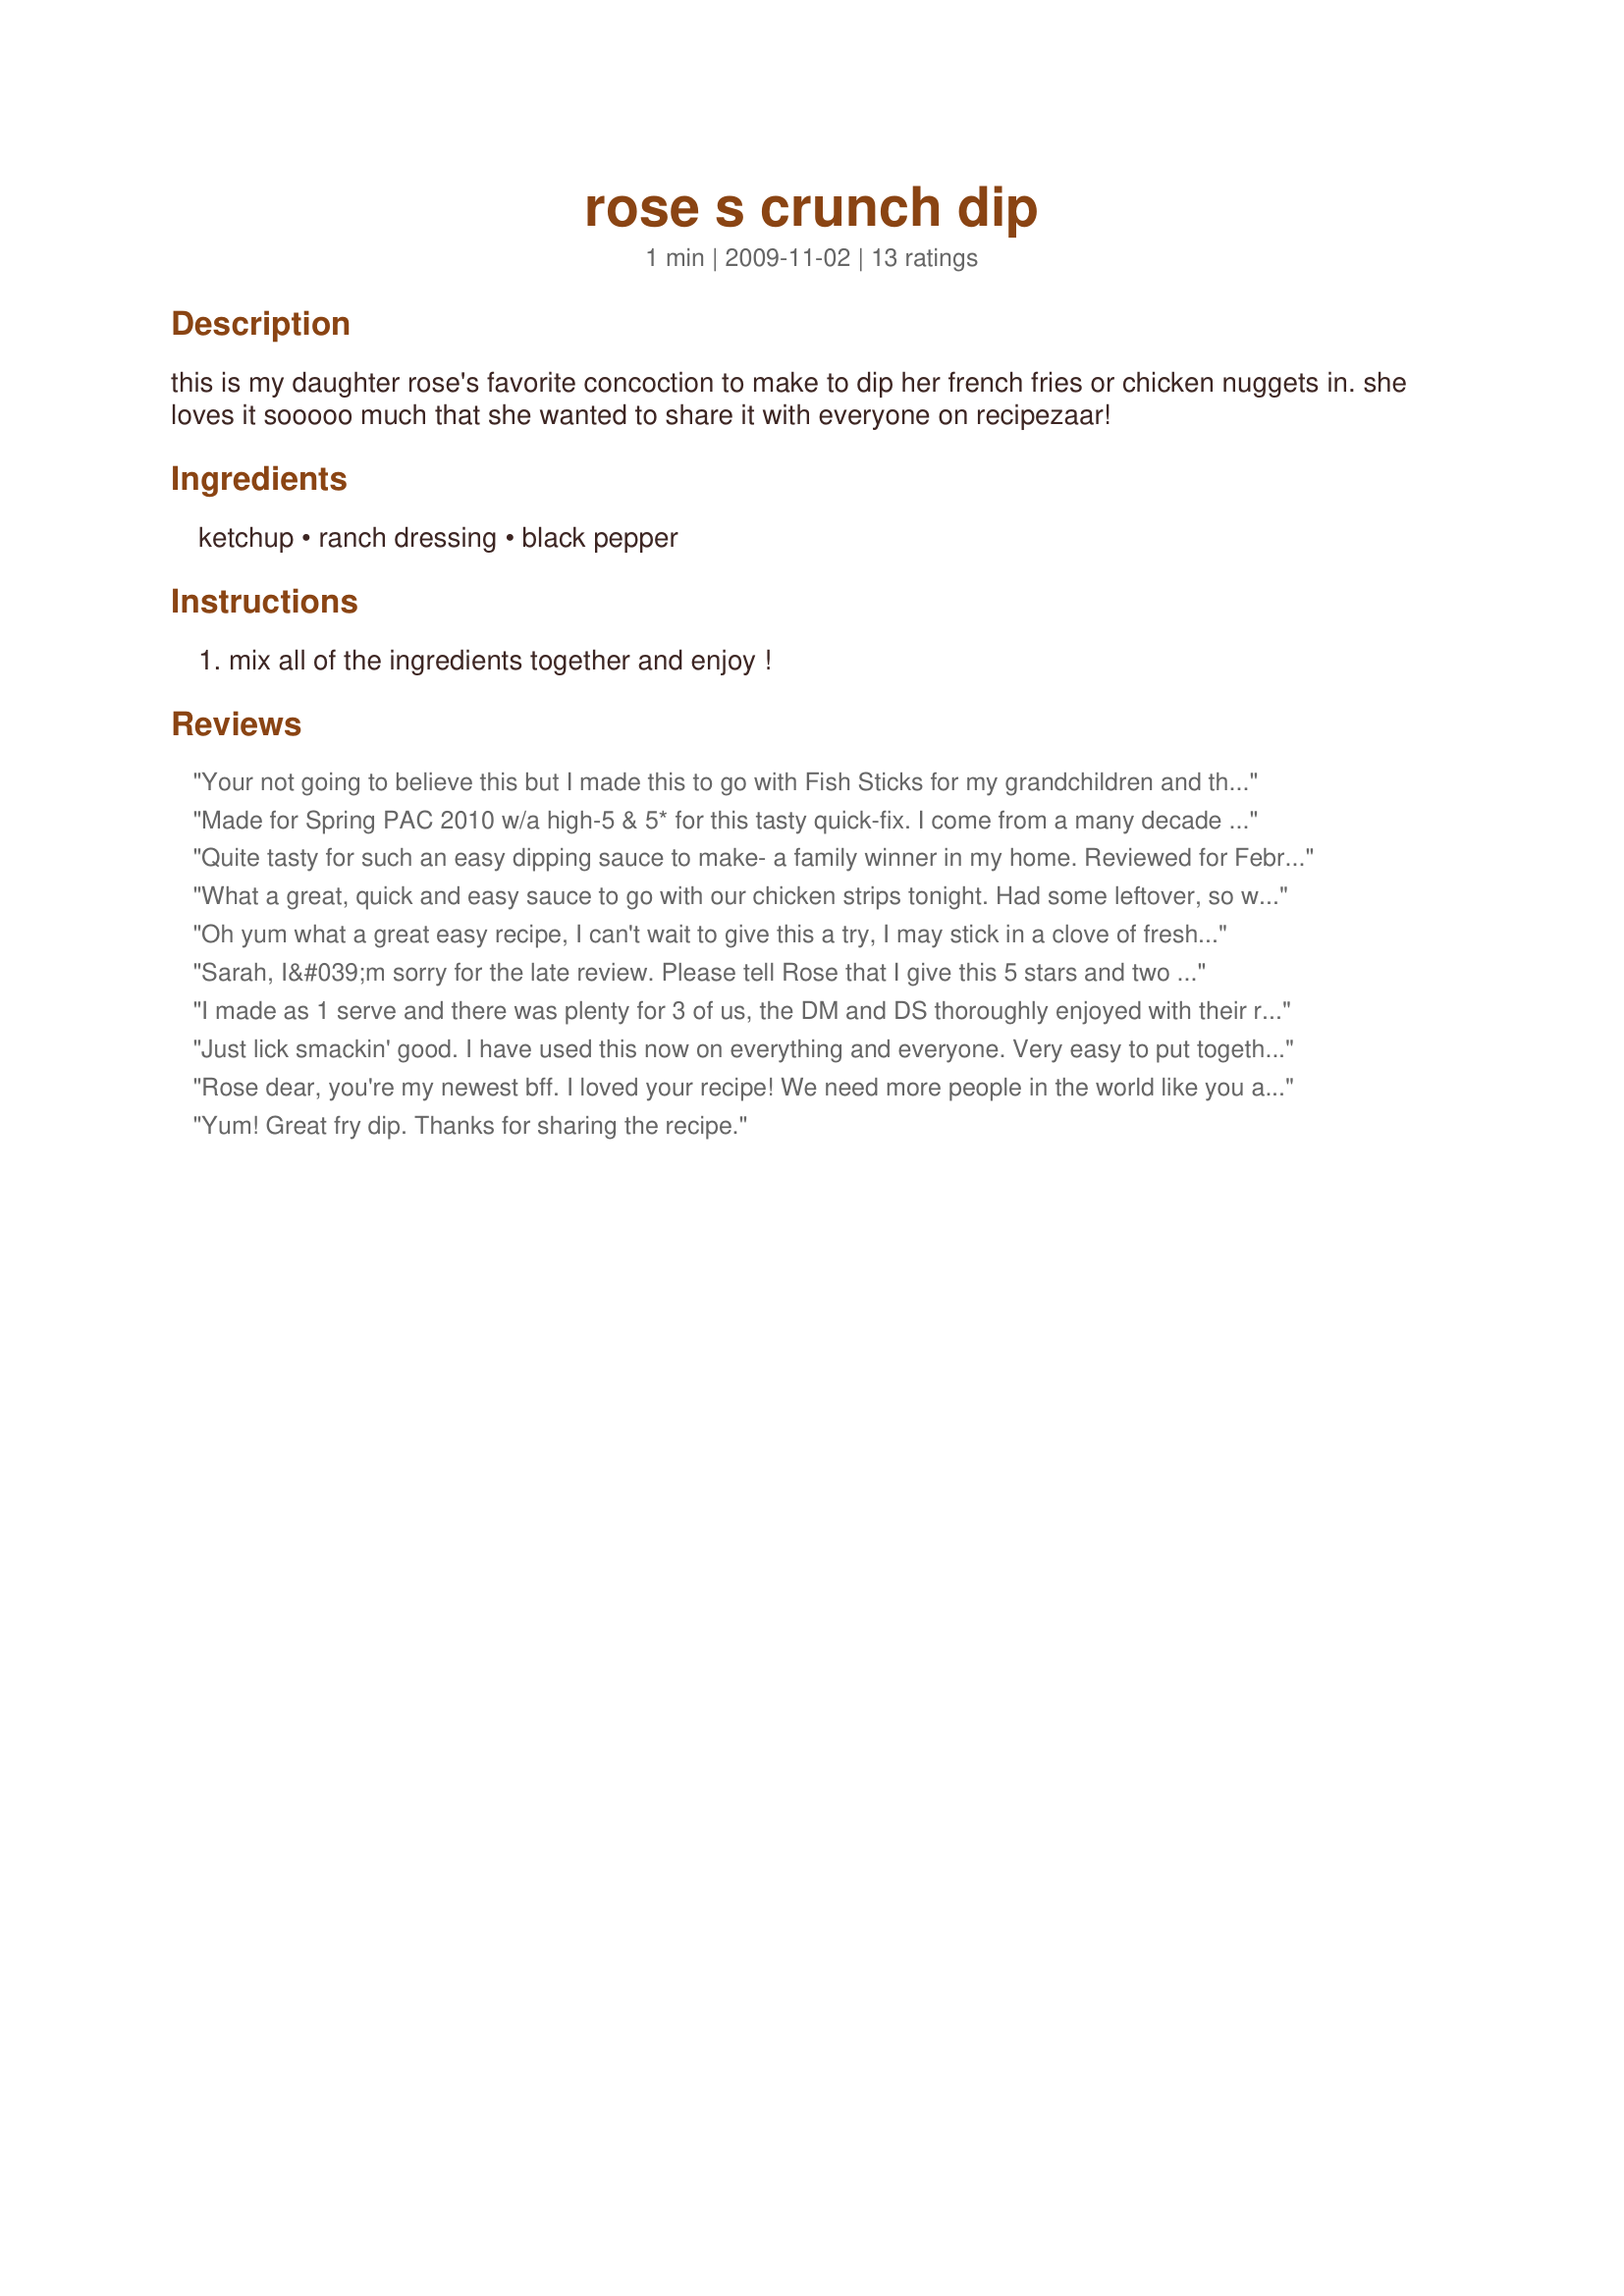
rose s crunch dip
Preparation time: 1 minutes

this is my daughter rose's favorite concoction to make to dip her french fries or chicken nuggets in. she loves it sooooo much that she wanted to share it with everyone on recipezaar!

Ingredients:
ketchup, ranch dressing, black pepper

Steps:
mix all of the ingredients together and enjoy !

Reviews:
Your not going to believe this but I made this to go with Fish Sticks for my grandchildren and they LOVED it!!! Of course it was great on the fries too!
Made for Spring PAC 2010 w/a high-5 & 5* for this tasty quick-fix. I come from a many decade long line of French fry ketchup dippers & you have taught this old dog a new trick, Rose. This would also be good w/fried fish. I cannot wait to share this idea w/my siblings who are as dippy as me. :-)
Quite tasty for such an easy dipping sauce to make- a family winner in my home. Reviewed for February 2013 Recipe Swap in the Aus/NZ forum
What a great, quick and easy sauce to go with our chicken strips tonight. Had some leftover, so will use as a sauce for veggie snacks.
Oh yum what a great easy recipe, I can't wait to give this a try, I may stick in a clove of fresh garlic and use spicy ketchup, great job Rose!
Sarah, I&#039;m sorry for the late review. Please tell Rose that I give this 5 stars and two thumbs up...and that is really saying something since I do not care for ketchup or ranch dressing :). I strictly chose this recipe in honor of her, and as a special pick for my crew; the 4 C&#039;s as they all love ketchup and ranch. Though I cut the recipe in half, I still kept the pepper at the original amount just because I like it. I used the sauce to dip my chicken nuggets in as well as raw sugar snap peas. I will definitely make this again in the future. Made and reviewed for the August AUS/NZ Recipe Swap
I made as 1 serve and there was plenty for 3 of us, the DM and DS thoroughly enjoyed with their recipe #220654 where I liked it but then I am not a big fan of tomato sauce/ketchup or ranch dressing and also not a big fan of most dipping sauces so this was predominately made for the DM and DS who do so enjoy a dipping sauce and I will certainly make it again for them, thank you Mom2Rose, made for Aussie/Kiwi Recipe Swap #79 August 2013
Just lick smackin' good. I have used this now on everything and everyone. Very easy to put together, but the taste is heartwarming and amazing. Followed exactly, except added a bit of cayenne to the top for the heck of it. Excellent! Made for Aussie swap 2012
Rose dear, you're my newest bff. I loved your recipe! We need more people in the world like you and I'm catching the first flight out to hang with you. Made for A-NZ#66.
Yum! Great fry dip. Thanks for sharing the recipe.
A definite 5 stars!! Thanks Rose for the wonderful recipe, which is now my favorite too!
Can't get it why kids like ketchup so much. DD enjoyed this very much,though I left out the pepper. Great dip and a nice change from plain ketchup.
Two Thumbs up for Rose! I enjoyed being your guinea pig for this dip!
